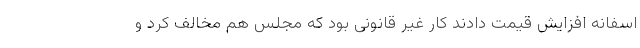
اسفانه افزایش قیمت دادند کار غیر قانونی بود که مجلس هم مخالف کرد و